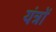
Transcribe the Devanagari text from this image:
यंंत्रों